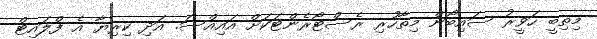
މިތިބީ ހަވީރު ސައިބޯން މިތާހުރި ރެސްޓޯރެންޓަކަށް އައިއްސަ. އަދި ކިރިޔާ އެ ފްލައިޓް